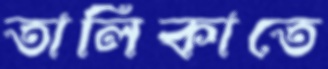
তালিকাতে